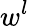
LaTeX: w^{l}